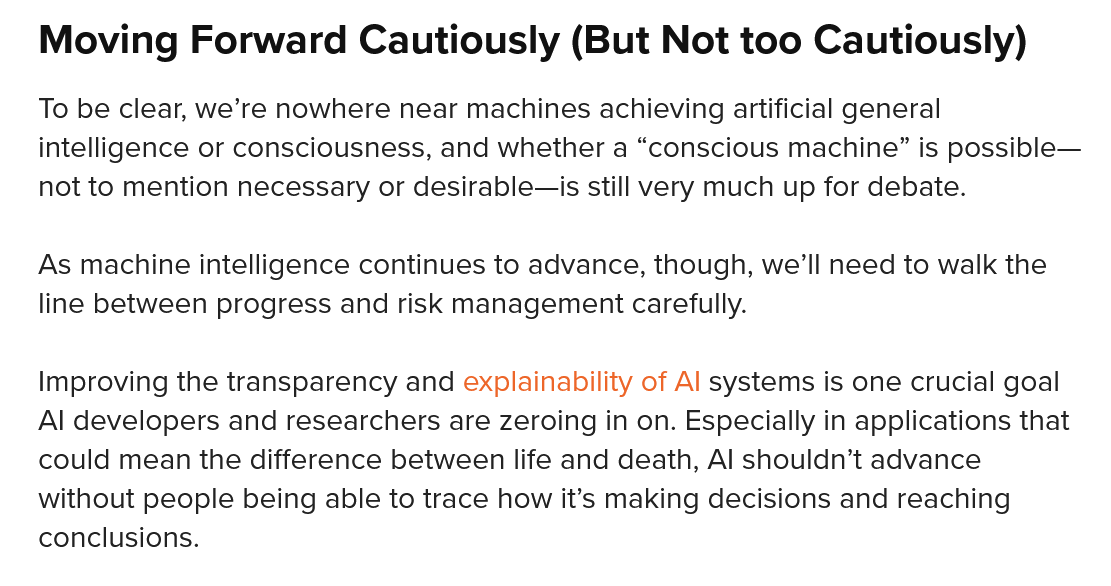
Moving    Forward    Cautiously    (But  Not  too  Cautiously)
   To be clear, we’re nowhere near machines achieving artificial general
   intelligence or consciousness, and whether a “conscious machine” is possible—
   not to mention necessary or desirable—is still very much up for debate.
   As machine intelligence continues to advance, though, we'll need to walk the
   line between progress and risk management carefully.
   Improving the transparency and explainability of Al systems is one crucial goal
   Al developers and researchers are zeroing in on. Especially in applications that
   could mean the difference between life and death, Al shouldn’t advance
   without people being able to trace how it’s making decisions and reaching
   conclusions.